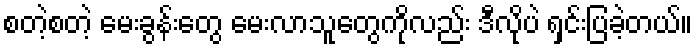
စတဲ့စတဲ့ မေးခွန်းတွေ မေးလာသူတွေကိုလည်း ဒီလိုပဲ ရှင်းပြခဲ့တယ်။